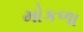
મોકળા